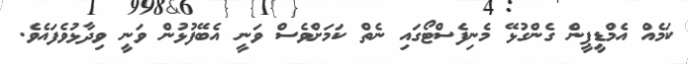
ކަމެއް އެމްޑީޕީން ގެންގުޅޭ މެނިފެސްޓޯގައި ނެތް ކަމަށްވެސް ވަނީ އެބޭފުޅުން ވަނީ ވިދާޅުވެފައެވެ.